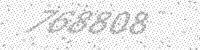
Solution: 768808